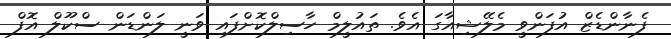
ފެނާންޑެޒް އުފަންވީ މެލޭޝިއާގަ އެވެ. ތައުލީމް ހާސިލްކޮށްފައި ވަނީ ލަންޑަން ސްކޫލް އޮފް